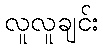
လူလူချင်း